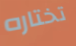
تختاره